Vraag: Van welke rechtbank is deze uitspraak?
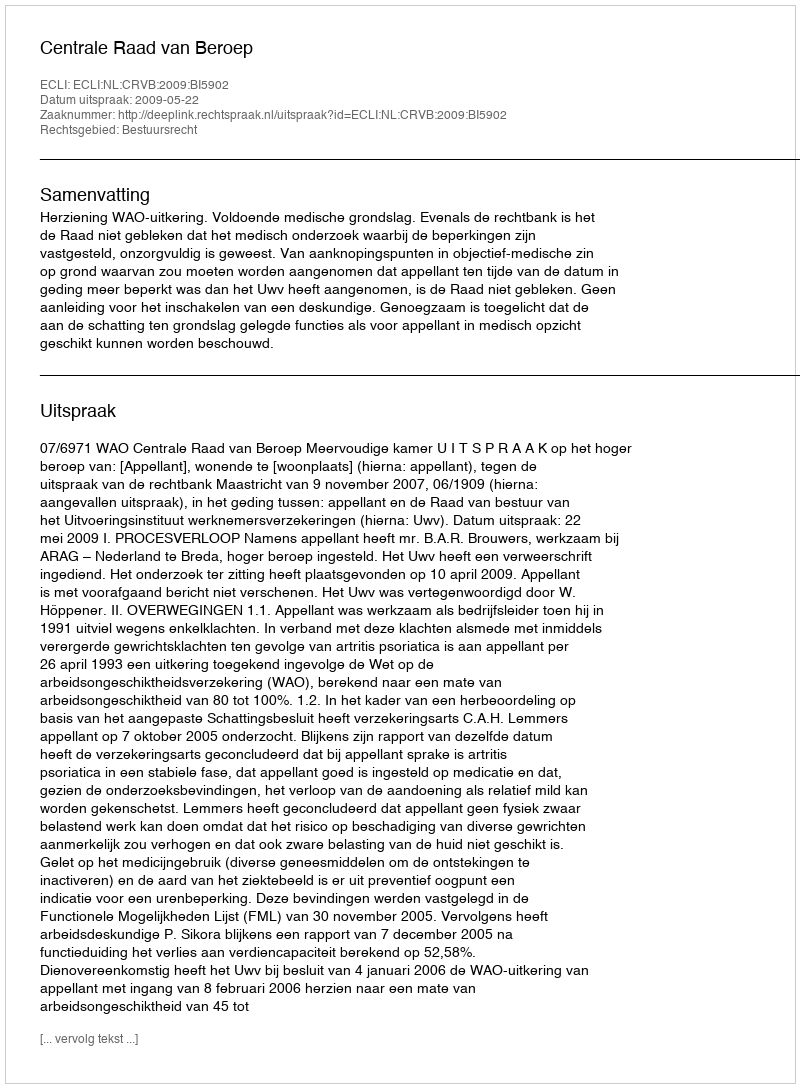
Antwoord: Centrale Raad van Beroep